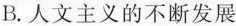
B.人文主义的不断发展